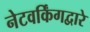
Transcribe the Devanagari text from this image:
नेटवर्किंगद्वारे